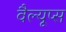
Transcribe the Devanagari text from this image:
वैल्यूप्स